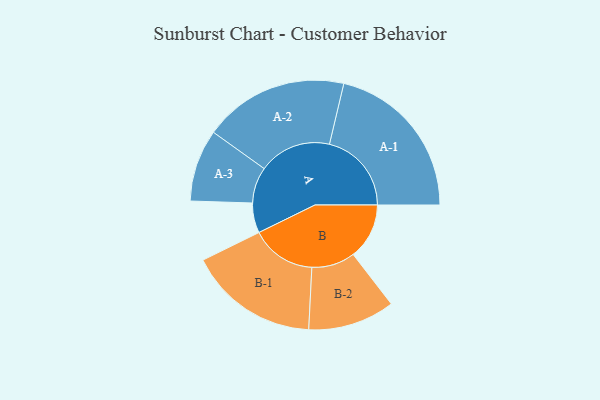
{"axis": {"x": "Segment", "y": "Value"}, "legend": ["", "A", "B"], "data": [{"x": "A", "y": 107, "type": ""}, {"x": "B", "y": 200, "type": ""}, {"x": "A-1", "y": 293, "type": "A"}, {"x": "A-2", "y": 259, "type": "A"}, {"x": "A-3", "y": 129, "type": "A"}, {"x": "B-1", "y": 233, "type": "B"}, {"x": "B-2", "y": 155, "type": "B"}]}